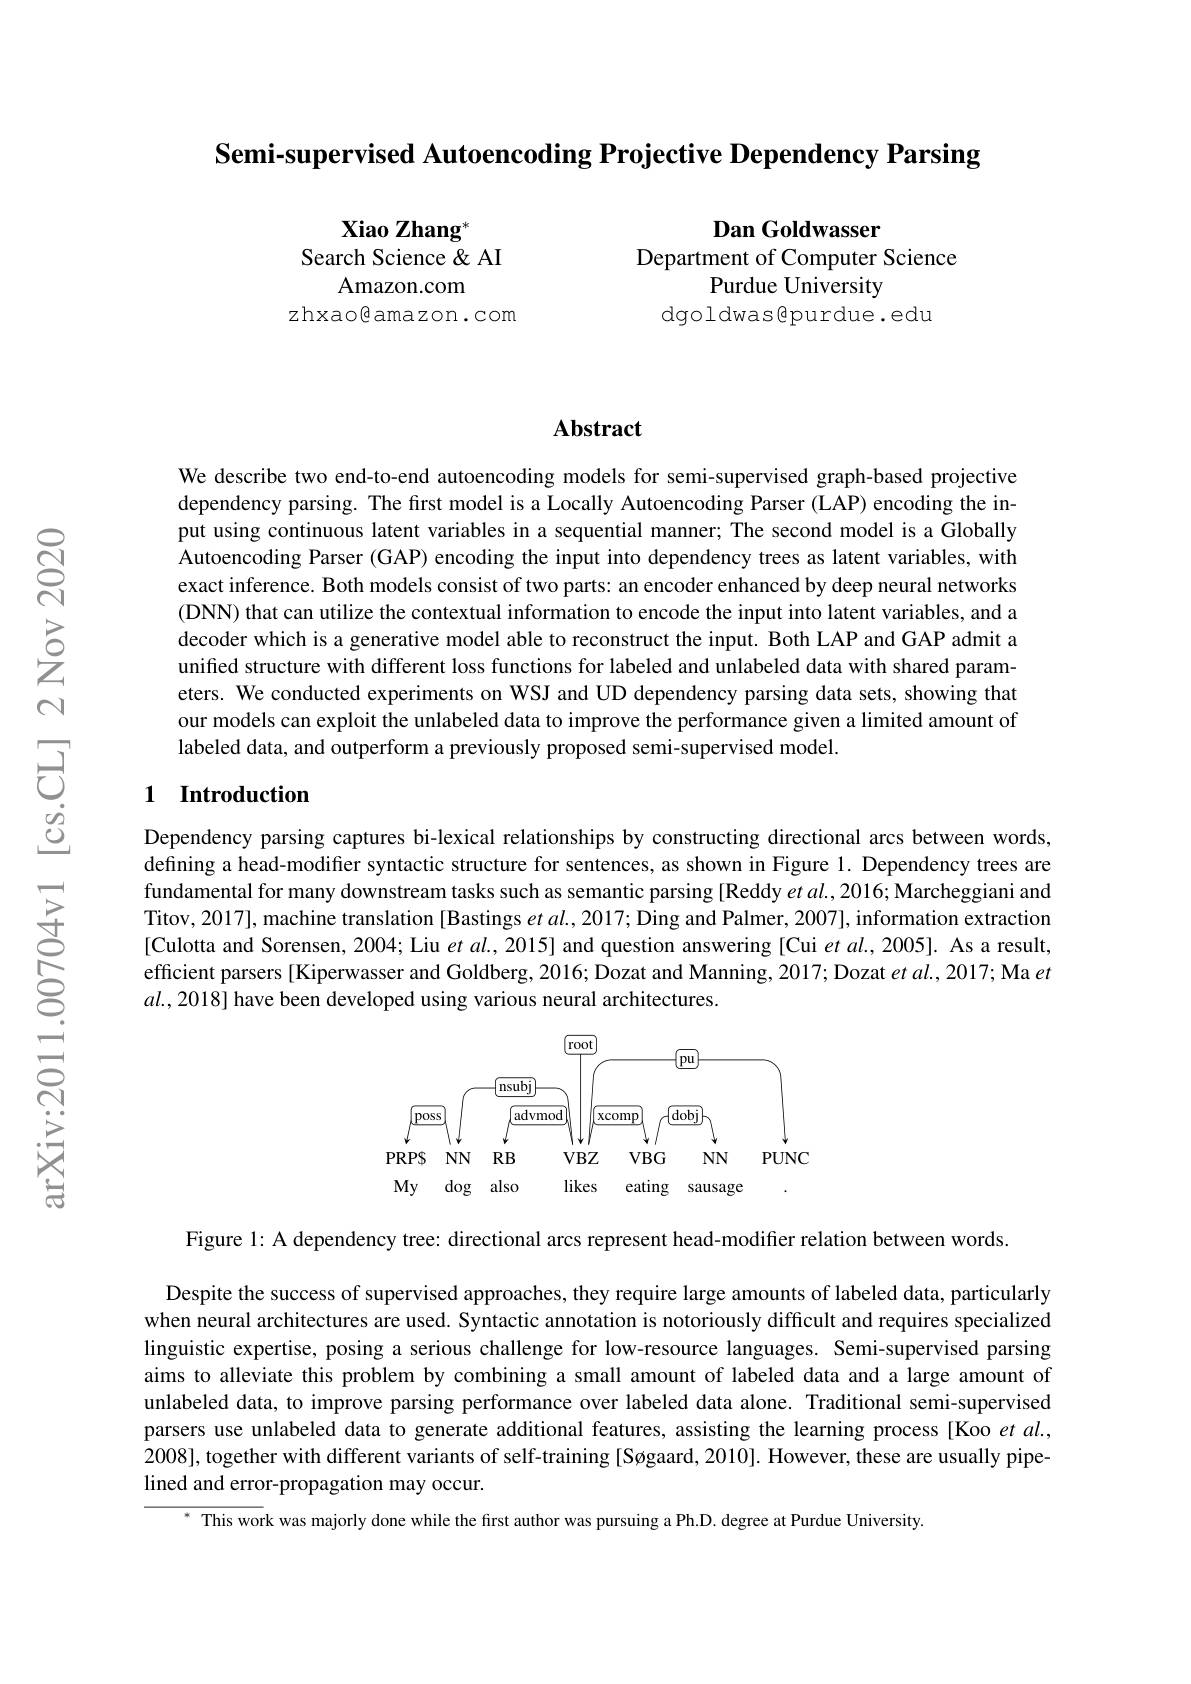
Semi-supervised Autoencoding Projective Dependency Parsing

Xiao Zhang$^{*}$
Search Science & AI
Amazon. com
zhxaogamazon.com

Dan Goldwasser
Department of Computer Science
Purdue University
dgoldwasepurdue.edu

## Abstract

We describe two end-to-end autoencoding models for semi-supervised graph-based projective dependency parsing. The first model is a Locally Autoencoding Parser (LAP) encoding the input using continuous latent variables in a sequential manner; The second model is a Globally Autoencoding Parser (GAP) encoding the input into dependency trees as latent variables, with exact inference. Both models consist of two parts: an encoder enhanced by deep neural networks (DNN) that can utilize the contextual information to encode the input into latent variables, and a decoder which is a generative model able to reconstruct the input. Both LAP and GAP admit a unified structure with different loss functions for labeled and unlabeled data with shared parameters. We conducted experiments on WSJ and UD dependency parsing data sets, showing that our models can exploit the unlabeled data to improve the performance given a limited amount of labeled data, and outperform a previously proposed semi-supervised model.

## 1 Introduction

Dependency parsing captures bi-lexical relationships by constructing directional arcs between words, defining a head-modifier syntactic structure for sentences, as shown in Figure 1. Dependency trees are fundamental for many downstream tasks such as semantic parsing [Reddy $etal.,2016;$ Marcheggiani and Titov, 2017], machine translation [Bastings $etal.,2017;$ Ding and Palmer, 2007], information extraction [Culotta and Sorensen, 2004; Liu $et\textit{al. , 2015}]$ and question answering [Cui et al., 2005]. As a result, efficient parsers[Kiperwasser and Goldberg, 2016; Dozat and Manning, 2017; Dozat $et$ al., 2017; Ma et $al.,2018]$ have been developed using various neural architectures.

<FigureHere>

Figure 1: A dependency tree: directional arcs represent head-modifier relation between words

Despite the success of supervised approaches, they require large amounts of labeled data, particularly when neural architectures are used. Syntactic annotation is notoriously difficult and requires specialized linguistic expertise, posing a serious challenge for low-resource languages. Semi-supervised parsing aims to alleviate this problem by combining a small amount of labeled data and a large amount of unlabeled data, to improve parsing performance over labeled data alone. Traditional semi-supervised parsers use unlabeled data to generate additional features, assisting the learning process[Koo et al., 2008], together with different variants of self-training [Søgaard, 2010]. However, these are usually pipelined and error-propagation may occur.
$^{*}$ This work was majorly done while the first author was pursuing a Ph.D. degree at Purdue University.